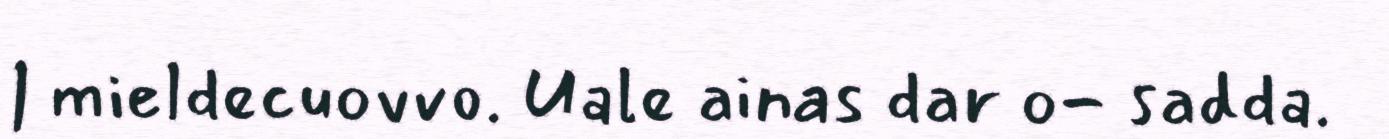
| mieldecuovvo. Uale ainas dar o- sadda.